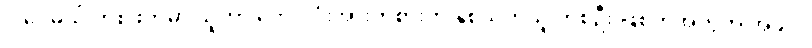
ဒါပေမယ့် တစ်ဖက်မှာ သူဟာ ဘောလုံးအားကစားကို နှစ်သက်သူ တစ်ဦး ဖြစ်တဲ့အတွက် အခုလို